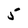
Character: 5